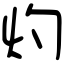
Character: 灼